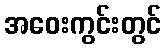
အဝေးကွင်းတွင်